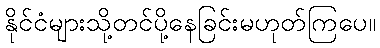
နိုင်ငံများသို့တင်ပို့နေခြင်းမဟုတ်ကြပေ။